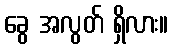
ခွေ အလွတ် ရှိလား။